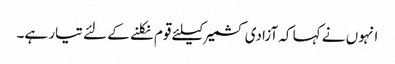
انہوں نے کہا کہ آزادی کشمیر کیلئے قوم نکلنے کے لئے تیار ہے۔